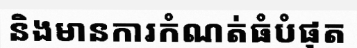
និងមានការកំណត់ធំបំផុត